Document type: Sale
Year: 1305
Scribe: Bernat de Vilarúbia
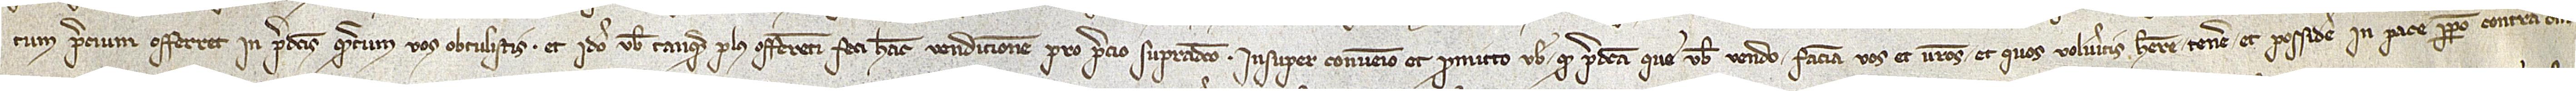
tum precium offerret in predictis quantum vos obtulistis. Et ideo vobis tanquam plus offerenti feci hanc vendicionem pro precio supradicto. Insuper convenio et promitto vobis quod predicta que vobis vendo faciam vos et vestros et quos volueritis habere, tenere et possidere in pace perpetuo contra om-